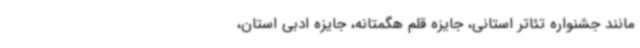
مانند جشنواره تئاتر استانی، جایزه قلم هگمتانه، جایزه ادبی استان،